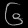
Digit: ၆